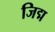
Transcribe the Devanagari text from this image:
जिद्म